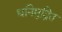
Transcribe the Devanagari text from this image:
धनिमुद्रित